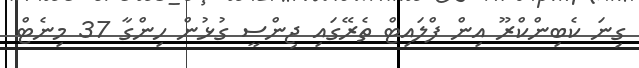
ގިނަ ކެބިންކްރޫ އިން ފްލައިޓް ތެރޭގައި ޖިންސީ ގުޅުން ހިންގާ 37 މިނެޓް